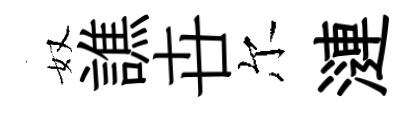
奴譙卋尔漣